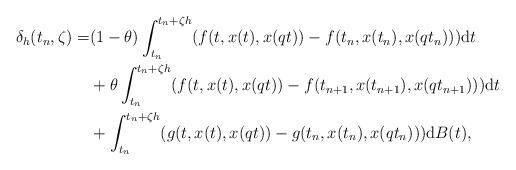
LaTeX: \begin{align*}\delta_h(t_n,\zeta)=&(1-\theta)\int_{t_n}^{t_n+\zeta h}(f(t,x(t),x(qt))-f(t_n,x(t_n),x(qt_n))){\rm d}t\\&+\theta\int_{t_n}^{t_n+\zeta h}(f(t,x(t),x(qt))-f(t_{n+1},x(t_{n+1}),x(qt_{n+1}))){\rm d}t \\&+\int_{t_n}^{t_n+\zeta h}(g(t,x(t),x(qt))-g(t_n,x(t_n),x(qt_n))){\rm d}B(t), \end{align*}